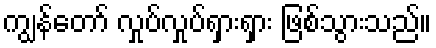
ကျွန်တော် လှုပ်လှုပ်ရှားရှား ဖြစ်သွားသည်။